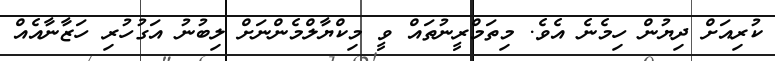
ކުރިއަށް ދިޔުން ހިމެނެ އެވެ. މިތަމްރީނުތައް ވީ މިކްޔާލްމެންނަށް ލިބުނު އަގުހުރި ހަޒާނާއެއް